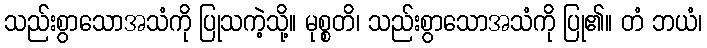
သည်းစွာသောအသံကို ပြုသကဲ့သို့။ မုစ္စတိ၊ သည်းစွာသောအသံကို ပြု၏။ တံ ဘယံ၊